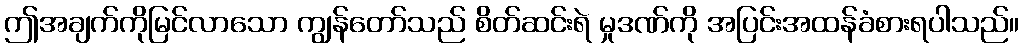
ဤအချက်ကိုမြင်လာသော ကျွန်တော်သည် စိတ်ဆင်းရဲ မှုဒဏ်ကို အပြင်းအထန်ခံစားရပါသည်။